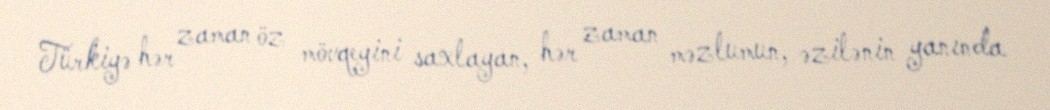
Türkiyə hər zaman öz mövqeyini saxlayan, hər zaman məzlumun, əzilənin yanında